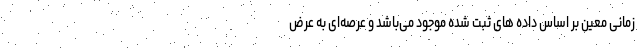
زمانی معین بر اساس داده های ثبت شده موجود می‌باشد و عرصه‌ای به عرض